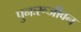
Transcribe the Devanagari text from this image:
पुनःरूजीवन